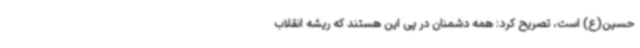
حسین(ع) است، تصریح کرد: همه دشمنان در پی این هستند که ریشه انقلاب